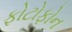
ફોટોફોન